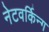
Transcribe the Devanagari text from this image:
नेटवर्किन्ग